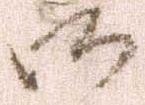
御